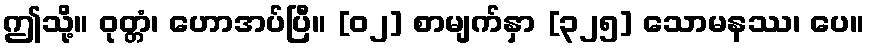
ဤသို့။ ဝုတ္တံ၊ ဟောအပ်ပြီ။ [၀၂] စာမျက်နှာ [၃၂၅] သောမနဿ၊ ပေ။